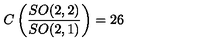
C \left( \frac { S O ( 2 , 2 ) } { S O ( 2 , 1 ) } \right) = 2 6